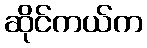
ဆိုင်ကယ်က